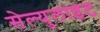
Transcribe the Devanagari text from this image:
सेल्युलाइट